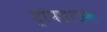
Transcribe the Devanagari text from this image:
ड्रॉपडाउन